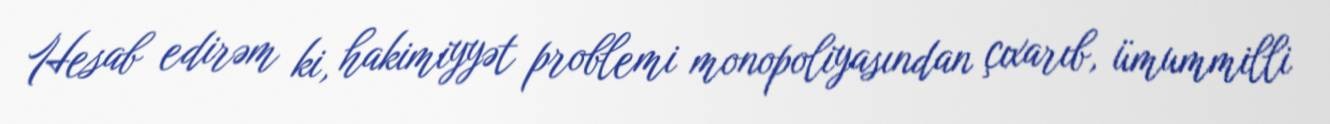
Hesab edirəm ki, hakimiyyət problemi monopoliyasından çıxarıb, ümummilli